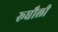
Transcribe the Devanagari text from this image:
रूधौली